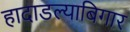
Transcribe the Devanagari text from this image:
हादाडल्याबिगार